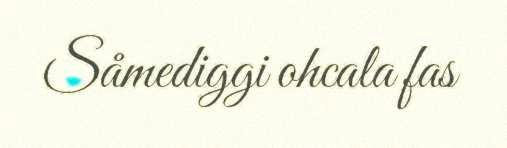
Såmediggi ohcala fas